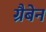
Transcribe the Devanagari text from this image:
ग्रैबेन